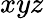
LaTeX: xyz